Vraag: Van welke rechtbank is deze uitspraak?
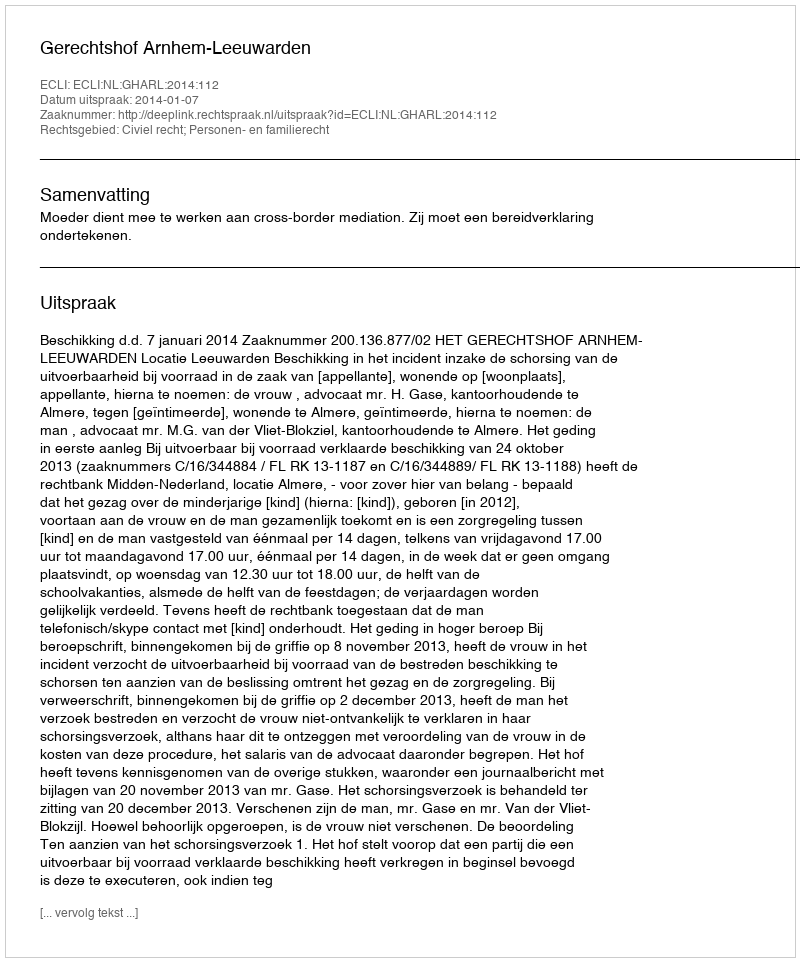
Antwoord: Gerechtshof Arnhem-Leeuwarden